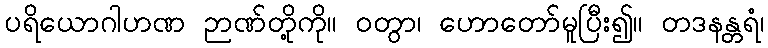
ပရိယောဂါဟဏ ဉာဏ်တို့ကို။ ဝတွာ၊ ဟောတော်မူပြီး၍။ တဒနန္တရံ၊